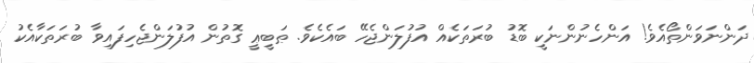
ދަންނަވަންތޯއެވެ! އަންހެނުންނަކީ ބޮޑު ބުރަތަކެއް އުފުލަންޖެހޭ ބައެކެވެ. ޠަބީޢީ ގޮތުން އުފުލަންޖެހިފައިވާ ބުރަތަކާއެކު